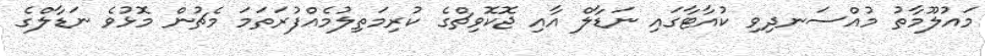
މައުލޫމާތު މުއްސަނދިވި ކުއާޓާގައި ނަޑާލް އާއި ޖޮކޮވިޗްގެ ކުރިމަތިލުމެއްފުރަތަމަ މެޗުން މޮޅުވެ ނަޑާލްގެ